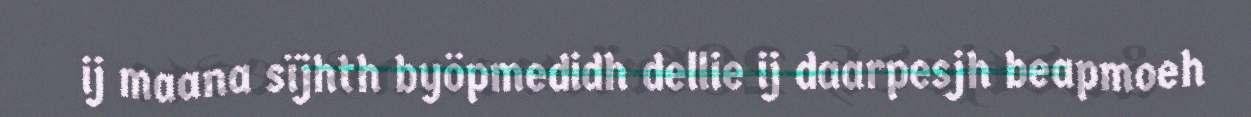
ij maana sïjhth byöpmedidh dellie ij daarpesjh beapmoeh